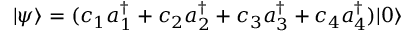
| \psi \rangle = ( c _ { 1 } a _ { 1 } ^ { \dagger } + c _ { 2 } a _ { 2 } ^ { \dagger } + c _ { 3 } a _ { 3 } ^ { \dagger } + c _ { 4 } a _ { 4 } ^ { \dagger } ) | 0 \rangle